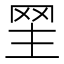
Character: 𦊝